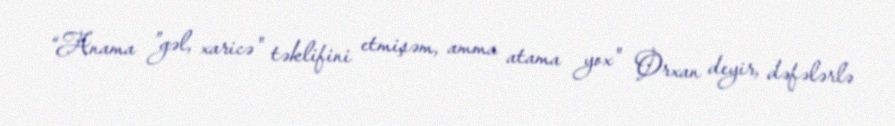
“Anama ”gəl, xaricə" təklifini etmişəm, amma atama yox" Orxan deyir, dəfələrlə